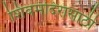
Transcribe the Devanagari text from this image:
शिवमंदिरासाठी